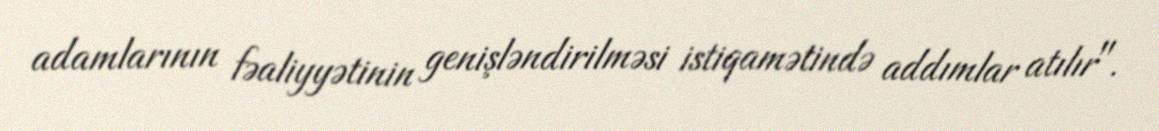
adamlarının fəaliyyətinin genişləndirilməsi istiqamətində addımlar atılır".